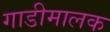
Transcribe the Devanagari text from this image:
गाडीमालक